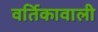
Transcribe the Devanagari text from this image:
वर्तिकावाली